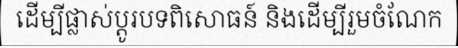
ដើម្បីផ្លាស់ប្តូរបទពិសោធន៍ និងដើម្បីរួមចំណែក